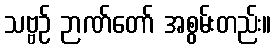
သဗ္ဗဉ် ဉာဏ်တော် အစွမ်းတည်း။